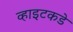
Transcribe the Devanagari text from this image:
व्हाइटकडे